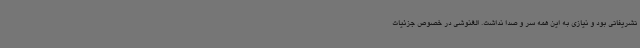
تشریفاتی بود و نیازی به این همه سر و صدا نداشت. الغنوشی در خصوص جزئیات